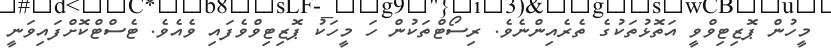
މީހުން ޕޮޒިޓިވްވީ އަތޮޅުތަކުގެ ތެރެއިންނެވެ. ރިސޯޓްތަކުން ހަ މީހަކު ޕޮޒިޓިވްވެފައި ވެއެެވެ. ޓެސްޓްކޮށްފައިވަނީ